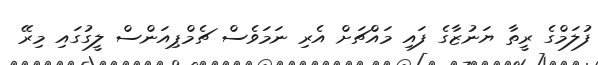
ފުލަމްގެ ރީތާ ޔަނުޒާގެ ފައި މައްޗަށް އެރި ނަމަވެސް ޗެމްޕިއަންސް ލީގުގައި މިރޭ